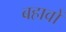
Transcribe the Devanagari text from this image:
बहावों